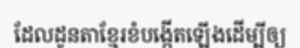
ដែលដូនតាខ្មែរខំបង្កើតឡើងដើម្បីឲ្យ